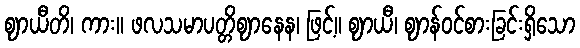
ဈာယီတိ၊ ကား။ ဖလသမာပတ္တိဈာနေန၊ ဖြင့်။ ဈာယီ၊ ဈာန်ဝင်စားခြင်းရှိသော